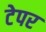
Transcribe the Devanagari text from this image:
टेपर